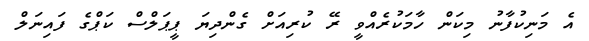
އެ މަނިކުފާނު މިކަން ހާމަކުރެއްވީ ރޭ ކުރިއަށް ގެންދިޔަ ޕީޕަލްސް ކަޕްގެ ފައިނަލް